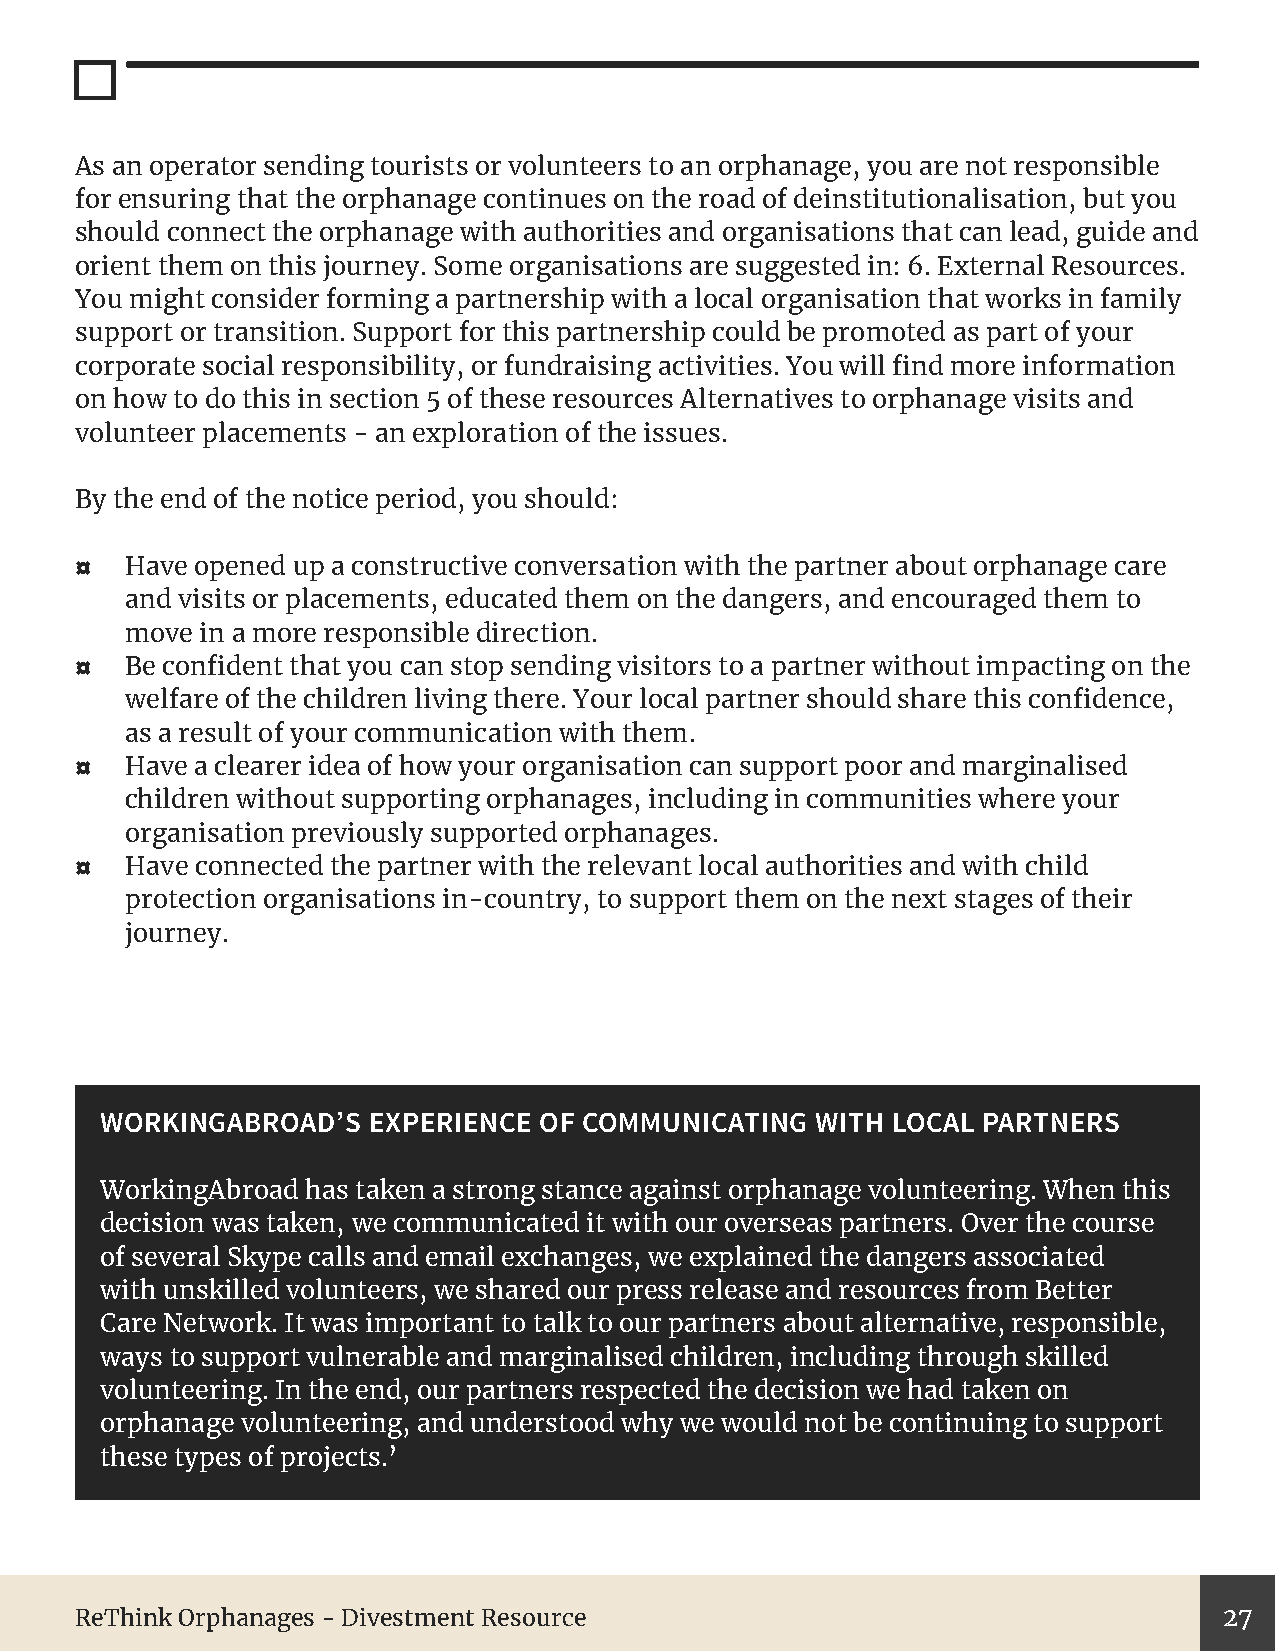
As an operator sending tourists or volunteers to an orphanage, you are not responsible
 for ensuring that the orphanage continues on the road of deinstitutionalisation, but you
 should connect the orphanage with authorities and organisations that can lead, guide and
 orient them on this journey. Some organisations are suggested in: 6. External Resources.
 You might consider forming a partnership with a local organisation that works in family
 support or transition. Support for this partnership could be promoted as part of your
 corporate social responsibility, or fundraising activities. You will find more information
 on how to do this in section 5 of these resources Alternatives to orphanage visits and
 volunteer placements - an exploration of the issues.
 By the end of the notice period, you should:
 ¤  Have opened up a constructive conversation with the partner about orphanage care
 and visits or placements, educated them on the dangers, and encouraged them to
 move in a more responsible direction.
 ¤  Be confident that you can stop sending visitors to a partner without impacting on the
 welfare of the children living there. Your local partner should share this confidence,
 as a result of your communication with them.
 ¤  Have a clearer idea of how your organisation can support poor and marginalised
 children without supporting orphanages, including in communities where your
 organisation previously supported orphanages.
 ¤  Have connected the partner with the relevant local authorities and with child
 protection organisations in-country, to support them on the next stages of their
 journey.
 WORKINGABROAD’S  EXPERIENCE  OF COMMUNICATING  WITH LOCAL PARTNERS
 WorkingAbroad has taken a strong stance against orphanage volunteering. When this
 decision was taken, we communicated it with our overseas partners. Over the course
 of several Skype calls and email exchanges, we explained the dangers associated
 with unskilled volunteers, we shared our press release and resources from Better
 Care Network. It was important to talk to our partners about alternative, responsible,
 ways to support vulnerable and marginalised children, including through skilled
 volunteering. In the end, our partners respected the decision we had taken on
 orphanage volunteering, and understood why we would not be continuing to support
 these types of projects.’
 ReThink Orphanages - Divestment Resource                                    27